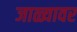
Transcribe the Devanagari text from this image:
जाळ्यावर